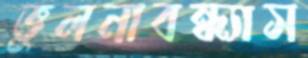
ভুলনাবন্ধ্যাস